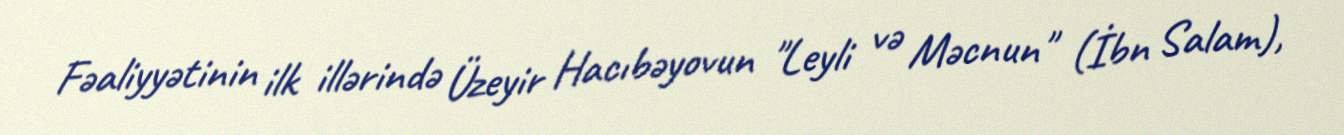
Fəaliyyətinin ilk illərində Üzeyir Hacıbəyovun "Leyli və Məcnun" (İbn Salam),